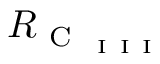
R _ { \mathrm { ~ C ~ } _ { \mathrm { ~ I ~ I ~ I ~ } } }